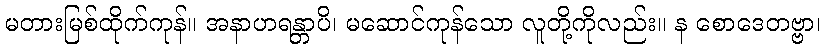
မတားမြစ်ထိုက်ကုန်။ အနာဟရန္တာပိ၊ မဆောင်ကုန်သော လူတို့ကိုလည်း။ န စောဒေတဗ္ဗာ၊